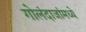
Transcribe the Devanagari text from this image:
गोलंदाजांमध्ये